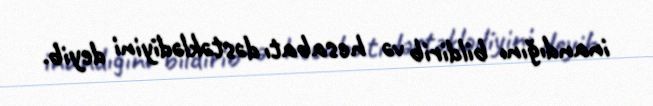
inandığını bildirib və hesabatı dəstəklədiyini deyib.